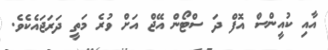
އާއި ކުއީންސް އޮފް ދަ ސްޓޯން އޭޖް އަށް ވުރެ މަތީ ދަރަޖައެކެވެ.